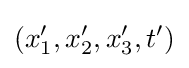
(x'_{1},x'_{2},x'_{3},t')